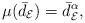
LaTeX: \begin{align*}\mu(\bar{d}_{\mathcal{E}})={\bar{d}_{\mathcal{E}}}^{\alpha},\end{align*}